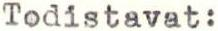
Todistavat: